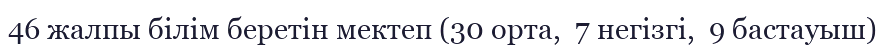
46 жалпы білім беретін мектеп (30 орта,  7 негізгі,  9 бастауыш)